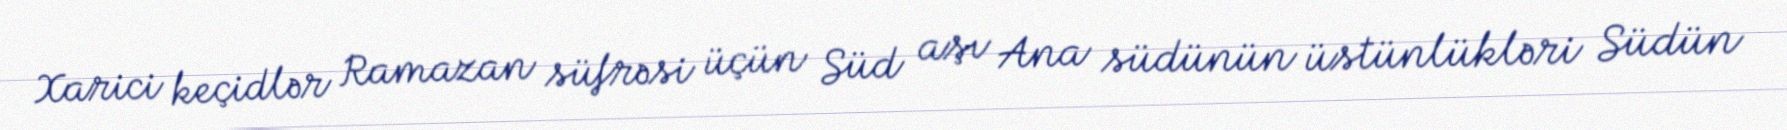
Xarici keçidlər Ramazan süfrəsi üçün Süd aşı Ana südünün üstünlükləri Südün